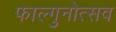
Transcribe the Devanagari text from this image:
फाल्गुनोत्सव